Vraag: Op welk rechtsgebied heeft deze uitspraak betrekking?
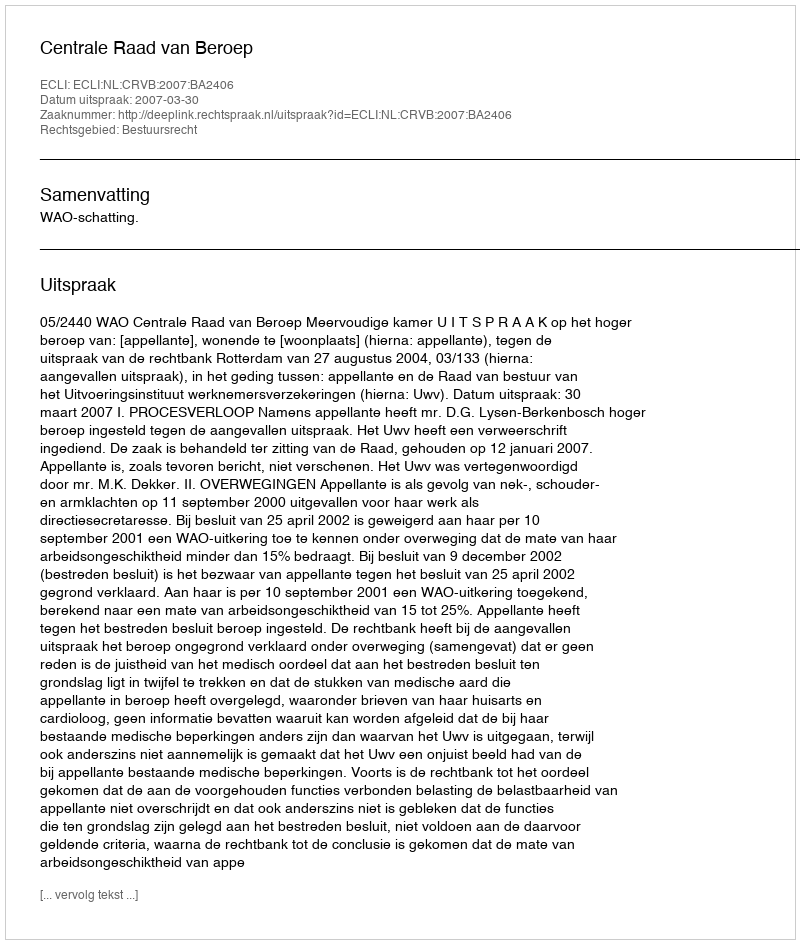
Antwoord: Bestuursrecht